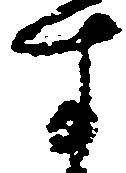
す